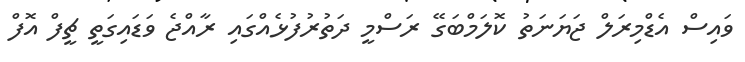
ވައިސް އެޑްމިރަލް ޖަޔަނަތު ކޮލަމްބަގޭ ރަސްމީ ދަތުރުފުޅެއްގައި ރާއްޖެ ވަޑައިގަތީ ޗީފް އޮފް